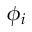
\phi _ { i }